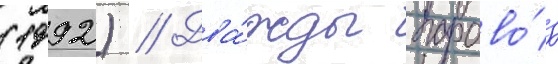
(1992) // Два́жды парово́з